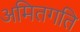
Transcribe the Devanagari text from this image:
अमितगति